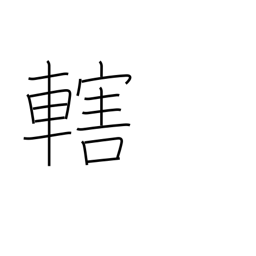
Meaning: control